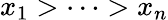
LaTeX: x_{1}>\cdots>x_{n}